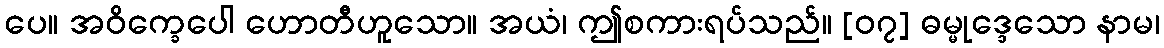
ပေ။ အဝိက္ခေပေါ ဟောတီဟူသော။ အယံ၊ ဤစကားရပ်သည်။ [၀၇] ဓမ္မုဒ္ဒေသော နာမ၊